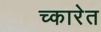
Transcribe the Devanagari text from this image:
च्कारेत